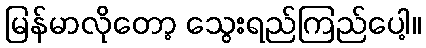
မြန်မာလိုတော့ သွေးရည်ကြည်ပေါ့။